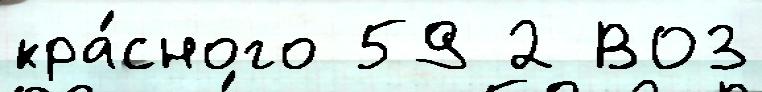
кра́сного 59 2 ВОЗ